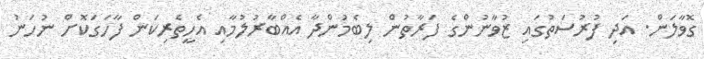
ގޮވާލަން. އަދި ފުރުސަތުގައި ޒުވާނުންގެ ފަރާތުން ލިބެމުންދާ އެއްބާރުލުމާއި އެހީތެރިކަން ފާހަގަކޮށް ނުހަނު